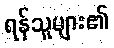
ရန်သူများ၏